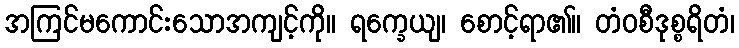
အကြင်မကောင်းသောအကျင့်ကို။ ရက္ခေယျ၊ စောင့်ရာ၏။ တံဝစီဒုစ္စရိတံ၊